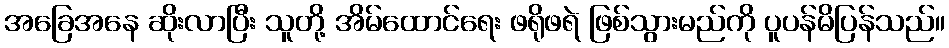
အခြေအနေ ဆိုးလာပြီး သူတို့ အိမ်ထောင်ရေး ဖရိုဖရဲ ဖြစ်သွားမည်ကို ပူပန်မိပြန်သည်။